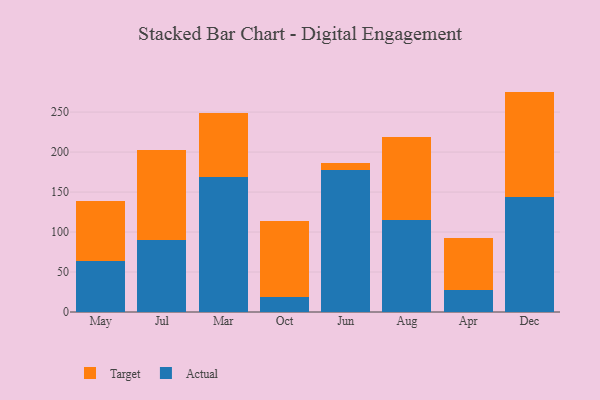
{"axis": {"x": "Month", "y": "Humidity (%)"}, "legend": ["Actual", "Target"], "data": [{"x": "May", "y": 64.0, "type": "Actual"}, {"x": "May", "y": 75.4, "type": "Target"}, {"x": "Jul", "y": 90.3, "type": "Actual"}, {"x": "Jul", "y": 112.8, "type": "Target"}, {"x": "Mar", "y": 168.3, "type": "Actual"}, {"x": "Mar", "y": 80.5, "type": "Target"}, {"x": "Oct", "y": 18.6, "type": "Actual"}, {"x": "Oct", "y": 95.6, "type": "Target"}, {"x": "Jun", "y": 177.3, "type": "Actual"}, {"x": "Jun", "y": 8.5, "type": "Target"}, {"x": "Aug", "y": 115.2, "type": "Actual"}, {"x": "Aug", "y": 103.7, "type": "Target"}, {"x": "Apr", "y": 27.5, "type": "Actual"}, {"x": "Apr", "y": 65.1, "type": "Target"}, {"x": "Dec", "y": 143.9, "type": "Actual"}, {"x": "Dec", "y": 131.7, "type": "Target"}]}